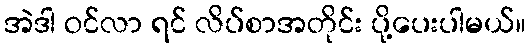
အဲဒါ ဝင်လာ ရင် လိပ်စာအတိုင်း ပို့ပေးပါမယ်။